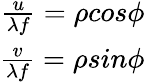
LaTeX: \begin{array}{r}{\frac{u}{\lambda f}=\rho cos\phi}\\ {\frac{v}{\lambda f}=\rho sin\phi}\end{array}